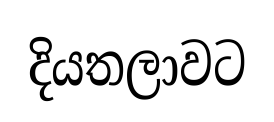
දියතලාවට